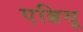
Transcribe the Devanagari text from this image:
एब्रियू